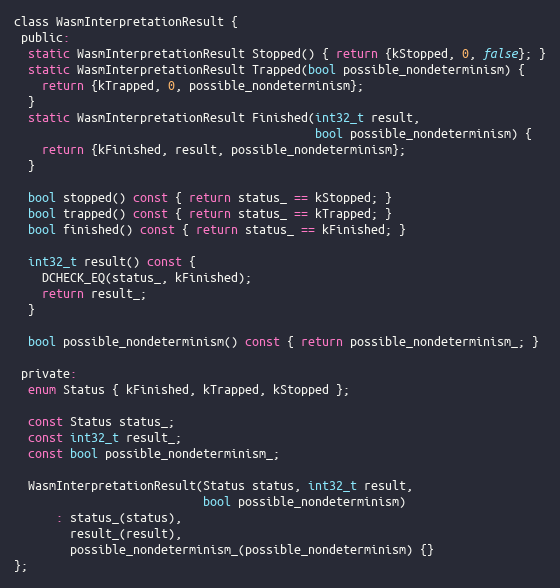
Language: C
class WasmInterpretationResult {
 public:
  static WasmInterpretationResult Stopped() { return {kStopped, 0, false}; }
  static WasmInterpretationResult Trapped(bool possible_nondeterminism) {
    return {kTrapped, 0, possible_nondeterminism};
  }
  static WasmInterpretationResult Finished(int32_t result,
                                           bool possible_nondeterminism) {
    return {kFinished, result, possible_nondeterminism};
  }

  bool stopped() const { return status_ == kStopped; }
  bool trapped() const { return status_ == kTrapped; }
  bool finished() const { return status_ == kFinished; }

  int32_t result() const {
    DCHECK_EQ(status_, kFinished);
    return result_;
  }

  bool possible_nondeterminism() const { return possible_nondeterminism_; }

 private:
  enum Status { kFinished, kTrapped, kStopped };

  const Status status_;
  const int32_t result_;
  const bool possible_nondeterminism_;

  WasmInterpretationResult(Status status, int32_t result,
                           bool possible_nondeterminism)
      : status_(status),
        result_(result),
        possible_nondeterminism_(possible_nondeterminism) {}
};